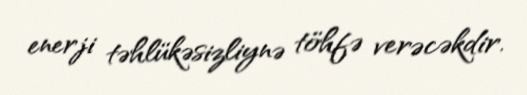
enerji təhlükəsizliynə töhfə verəcəkdir.